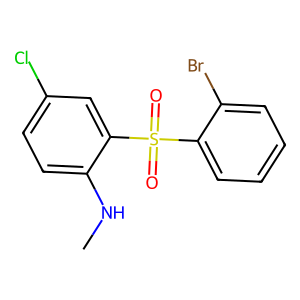
SMILES: CNc1ccc(Cl)cc1S(=O)(=O)c1ccccc1Br
Inhibits HIV replication: No